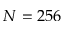
N = 2 5 6